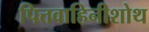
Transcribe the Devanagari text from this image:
पित्तवाहिनीशोथ